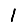
Digit: 1